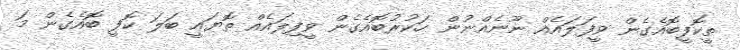
ތީކޮފީބޮއެގެން ވީފަލައެއް ނޫނެއްނުން ހަކުރުބޮއެގެން ވީފިލައެއް ތޮޔައީ ބަލަ ކޮފީ ބޮއެގެން މަ